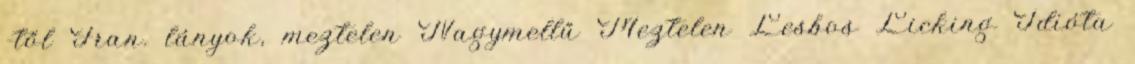
-től Fran. lányok, meztelen Nagymellű Meztelen Lesbos Licking Idióta